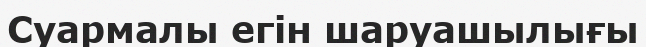
Суармалы егін шаруашылығы